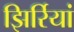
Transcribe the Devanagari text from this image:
झिर्रियां